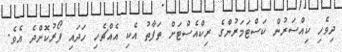
ދިވެހި ކިއްސަރުން ކަސްޓަމަރުންގެ ރިކްއެސްޓަށް ތަފާތު އެކި އެއްޗެހި ހަދައި ފޯރުކޮށްދެ އެވެ.